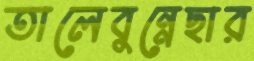
তালেবুন্নেছার